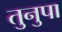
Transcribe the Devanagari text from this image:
तुनुपा